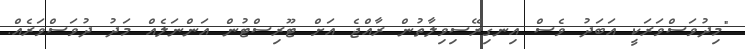
"މިދުވަސްވަރަކީ އަބަދު ވެސް އިނގިރޭސިވިލާތުން ރާއްޖެ އަށް ޓޫރިސްޓުން އަންނަލެއް މަދު ދުވަސްވަރެއް.